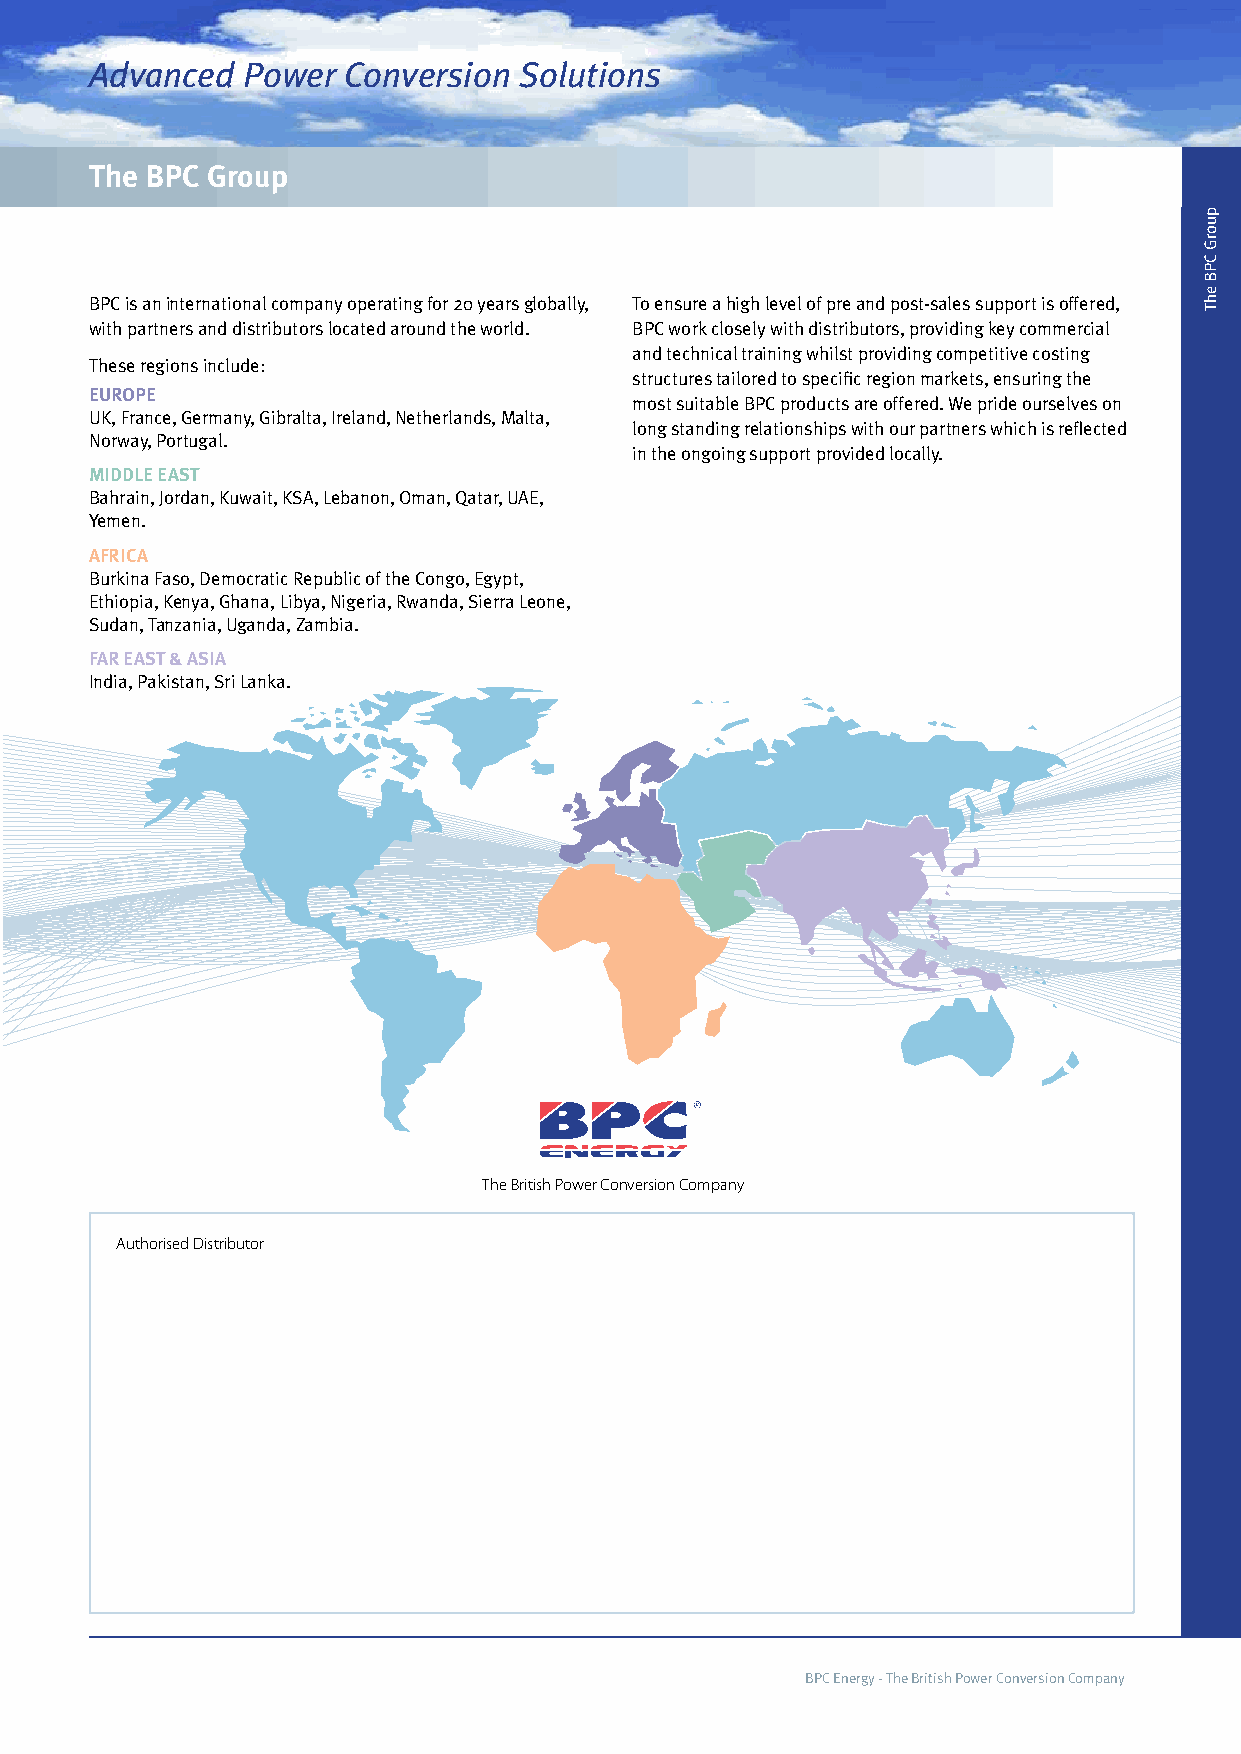
Advanced  Power  Conversion Solutions
 The BPC Group
 BPC is an international company operating for 20 years globally, To ensure a high level of pre and post-sales support is offered,
 with partners and distributors located around the world. BPC work closely with distributors, providing key commercial
 and technical training whilst providing competitive costing
 These regions include:
 structures tailored to specific region markets, ensuring the
 EUROPE
 most suitable BPC products are offered. We pride ourselves on
 UK, France, Germany, Gibralta, Ireland, Netherlands, Malta,
 long standing relationships with our partners which is reflected
 Norway, Portugal.
 in the ongoing support provided locally.
 MIDDLE EAST
 Bahrain, Jordan, Kuwait, KSA, Lebanon, Oman, Qatar, UAE,
 Yemen.
 AFRICA
 Burkina Faso, Democratic Republic of the Congo, Egypt,
 Ethiopia, Kenya, Ghana, Libya, Nigeria, Rwanda, Sierra Leone,
 Sudan, Tanzania, Uganda, Zambia.
 FAR EAST & ASIA
 India, Pakistan, Sri Lanka.
 The British Power Conversion Company
 Authorised Distributor
 BPC Energy - The British Power Conversion Company
 puorG
 CPB
 ehT